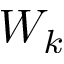
W _ { k }